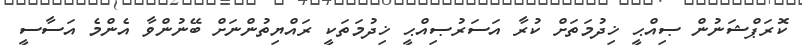
ކޮރަޕްޝަނުން ޞިއްޙީ ޚިދުމަތަށް ކުރާ އަސަރުޞިއްޙީ ޚިދުމަތަކީ ރައްޔިތުންނަށް ބޭނުންވާ އެންމެ އަސާސީ